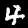
Digit: 4